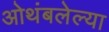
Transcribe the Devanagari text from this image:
ओथंबलेल्या